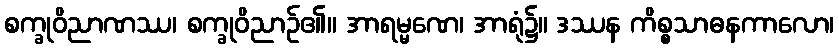
စက္ခုဝိညာဏဿ၊ စက္ခုဝိညာဉ်၏။ အာရမ္မဏေ၊ အာရုံ၌။ ဒဿန ကိစ္စသာဓနကာလော၊